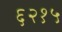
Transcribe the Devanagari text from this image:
६२१५